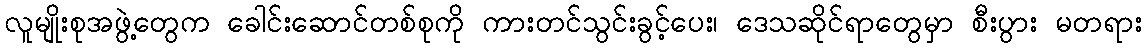
လူမျိုးစုအဖွဲ့တွေက ခေါင်းဆောင်တစ်စုကို ကားတင်သွင်းခွင့်ပေး၊ ဒေသဆိုင်ရာတွေမှာ စီးပွား မတရား